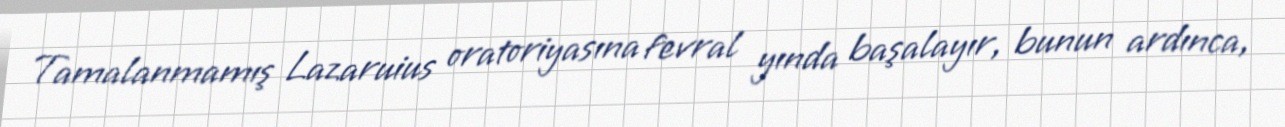
Tamalanmamış Lazaruius oratoriyasına fevral yında başalayır, bunun ardınca,